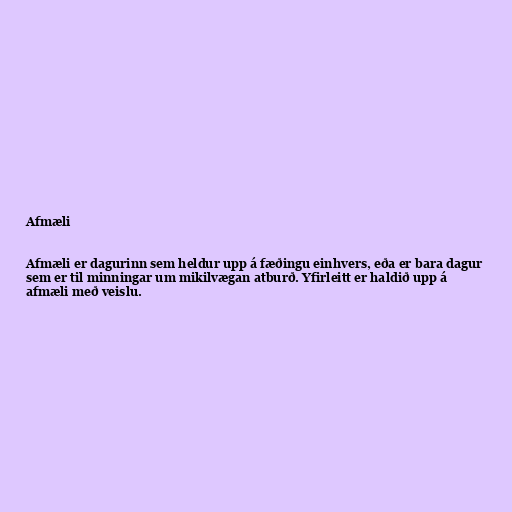
Afmæli

Afmæli er dagurinn sem heldur upp á fæðingu einhvers, eða er bara dagur
sem er til minningar um mikilvægan atburð. Yfirleitt er haldið upp á
afmæli með veislu.